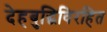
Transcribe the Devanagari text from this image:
देहबुद्धिविरहित